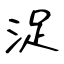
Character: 浞